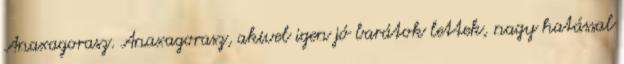
Anaxagorasz. Anaxagorasz, akivel igen jó barátok lettek, nagy hatással